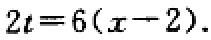
$2t = 6(x - 2)$.